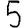
Digit: 5